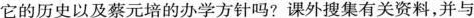
它的历史以及蔡元培的办学方针吗？课外搜集有关资料，并与